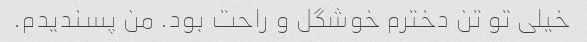
خیلی تو تن دخترم خوشگل و راحت بود. من پسندیدم.